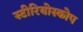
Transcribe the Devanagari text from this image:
स्टीरियोस्कोप